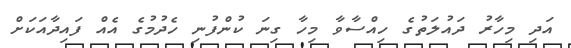
އަދި މިހާރު ދައުލަތުގެ ހިއްސާވާ މިހާ ގިނަ ކުންފުނި ހެދުމުގެ އެއް ފައިދާއަކަށް